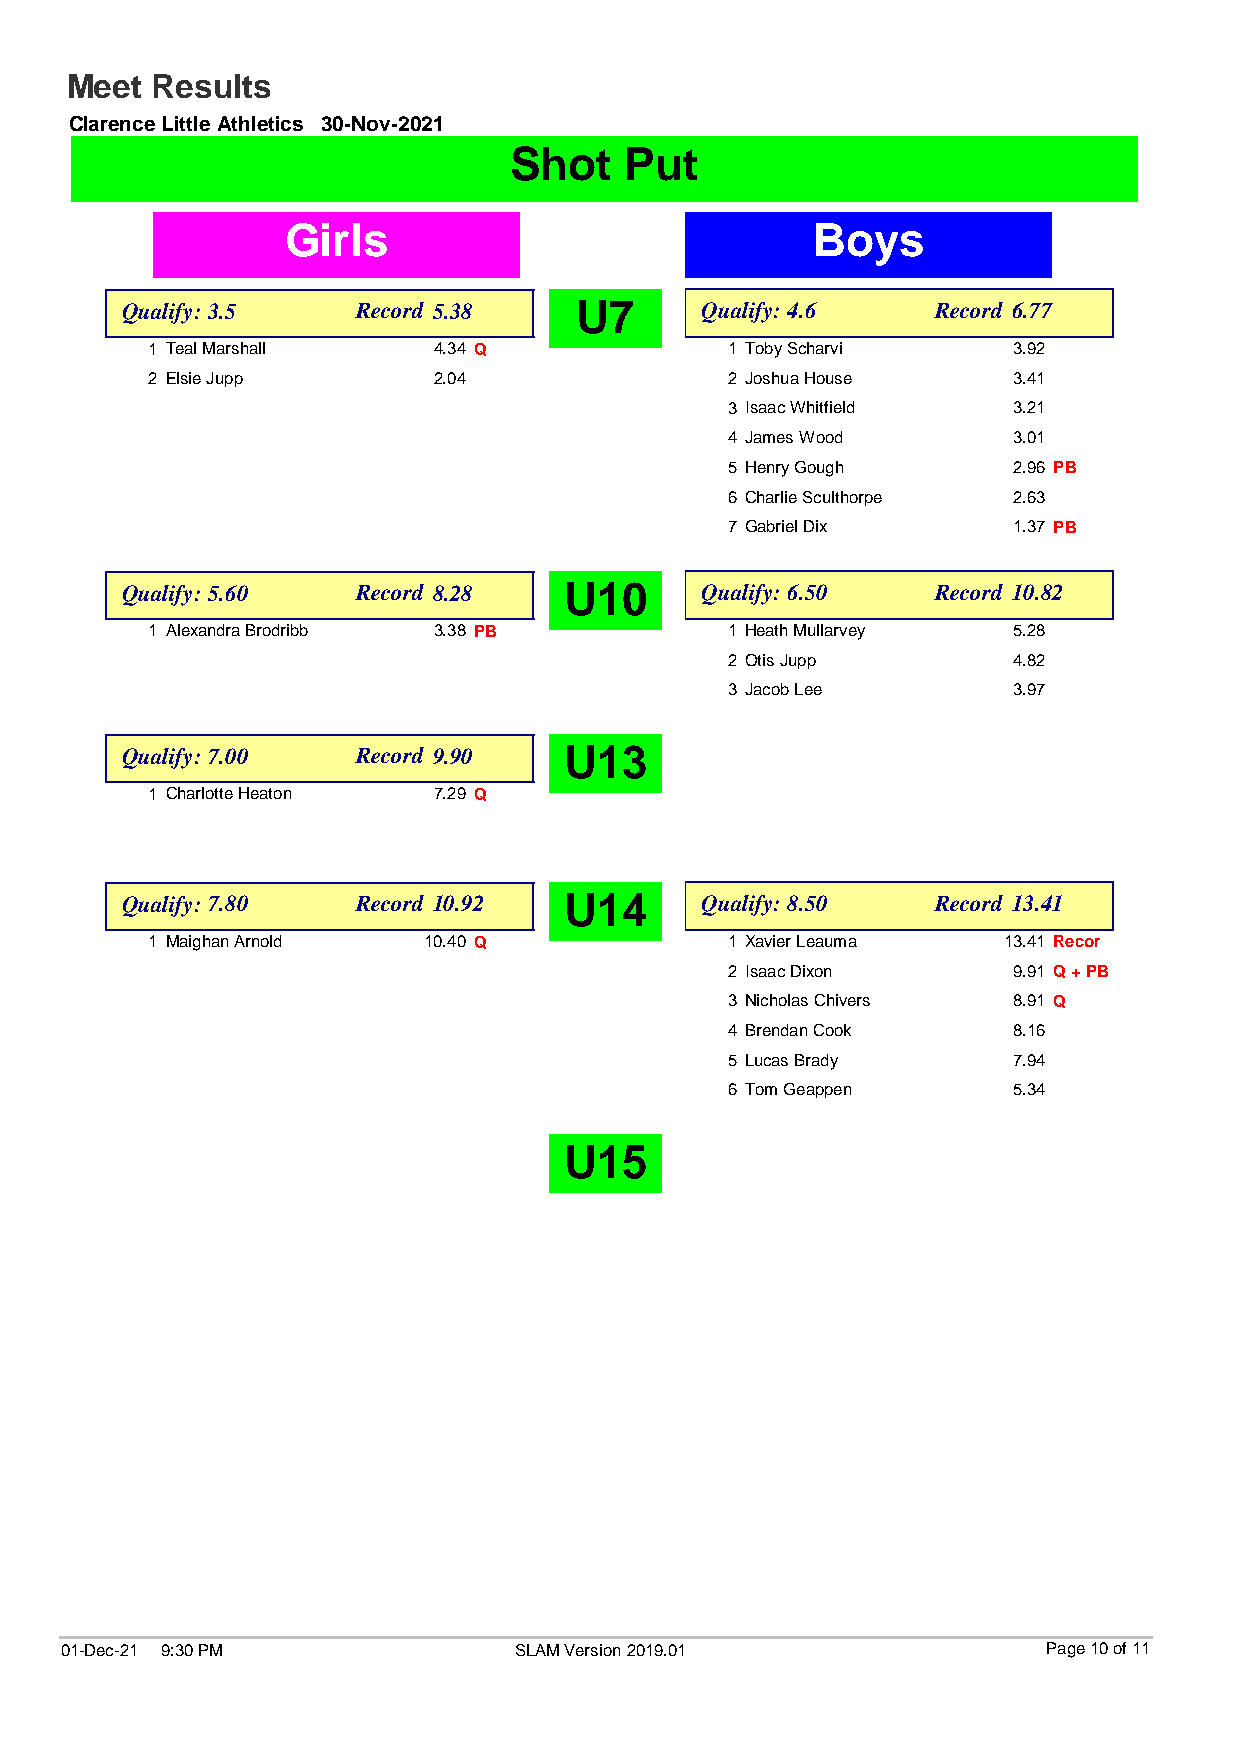
Meet  Results
 Clarence Little Athletics 30-Nov-2021
 Shot   Put
 Girls                              Boys
 Qualify: 3.5    Record 5.38   U7      Qualify: 4.6    Record 6.77
 1 Teal Marshall    4.34 Q             1 Toby Scharvi     3.92
 2 Elsie Jupp       2.04               2 Joshua House     3.41
 3 Isaac Whitfield  3.21
 4 James Wood       3.01
 5 Henry Gough      2.96 PB
 6 Charlie Sculthorpe 2.63
 7 Gabriel Dix      1.37 PB
 Qualify: 5.60   Record 8.28  U10      Qualify: 6.50   Record 10.82
 1 Alexandra Brodribb 3.38 PB          1 Heath Mullarvey  5.28
 2 Otis Jupp        4.82
 3 Jacob Lee        3.97
 Qualify: 7.00   Record 9.90  U13
 1 Charlotte Heaton 7.29 Q
 Qualify: 7.80   Record 10.92 U14      Qualify: 8.50   Record 13.41
 1 Maighan Arnold  10.40 Q             1 Xavier Leauma   13.41 Recor
 2 Isaac Dixon      9.91 Q + PB
 3 Nicholas Chivers 8.91 Q
 4 Brendan Cook     8.16
 5 Lucas Brady      7.94
 6 Tom Geappen      5.34
 U15
 01-Dec-21 9:30 PM             SLAM Version 2019.01               Page 10 of 11